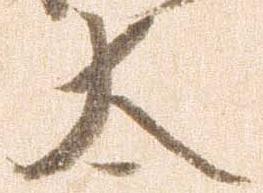
太